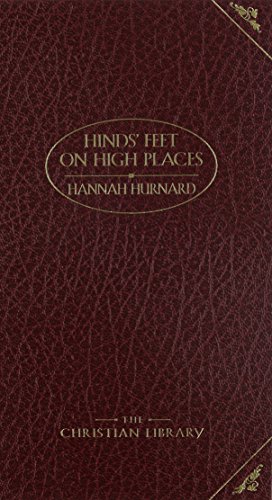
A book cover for Hinds Feet on High Places (DELUXE CHRISTIAN CLASSICS) Publisher: Barbour Books; Unabridged edition; Hannah Hurnard; Christian Books & Bibles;